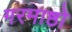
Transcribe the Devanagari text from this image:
गरमाष्ठो